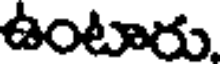
ఉంటారు.